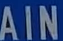
AIN